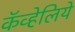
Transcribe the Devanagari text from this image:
कॅव्हेलिये